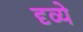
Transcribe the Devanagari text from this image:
दृव्ये